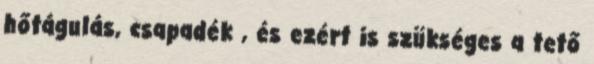
hőtágulás, csapadék , és ezért is szükséges a tető